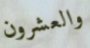
والعشرون